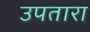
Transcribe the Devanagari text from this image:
उपतारा